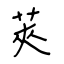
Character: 莢